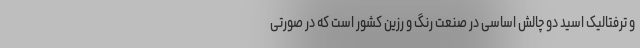
و ترفتالیک اسید دو چالش اساسی در صنعت رنگ و رزین کشور است که در صورتی